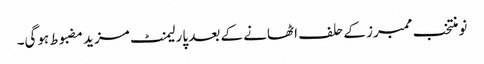
نو منتخب ممبرز کے حلف اٹھانے کے بعد پارلیمنٹ مزید مضبوط ہوگی۔